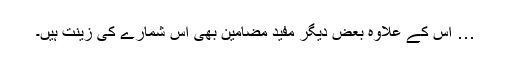
… اس کے علاوہ بعض دیگر مفید مضامین بھی اس شمارے کی زینت ہیں۔